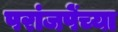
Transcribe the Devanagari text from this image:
परांजपेंच्या